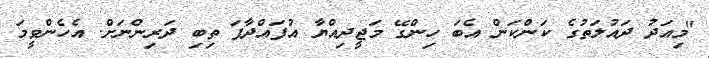
"މިއަދު ދައުލަތުގެ ކަންކަން އެބަ ހިންގޭ މަޖީދިއްޔާ އުފައްދާފަ ތިބި ދަރިންނަށް. އެހެންވީމަ